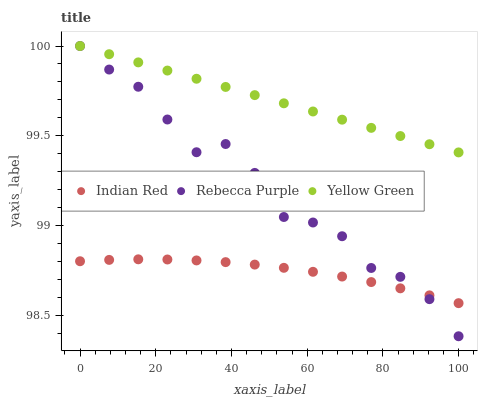
| xaxis_label | Indian Red | Rebecca Purple | Yellow Green |
 | --- | --- | --- | --- |
 | 0 | 98.8 | 100 | 100 |
 | 7.69 | 98.8 | 99.9 | 100 |
 | 15.4 | 98.8 | 99.8 | 99.9 |
 | 23.1 | 98.8 | 99.6 | 99.9 |
 | 30.8 | 98.8 | 99.4 | 99.8 |
 | 38.5 | 98.8 | 99.5 | 99.8 |
 | 46.2 | 98.8 | 99.3 | 99.7 |
 | 53.8 | 98.8 | 99 | 99.7 |
 | 61.5 | 98.7 | 99 | 99.6 |
 | 69.2 | 98.7 | 98.9 | 99.6 |
 | 76.9 | 98.7 | 98.8 | 99.5 |
 | 84.6 | 98.7 | 98.7 | 99.5 |
 | 92.3 | 98.6 | 98.6 | 99.5 |
 | 100 | 98.6 | 98.4 | 99.4 |